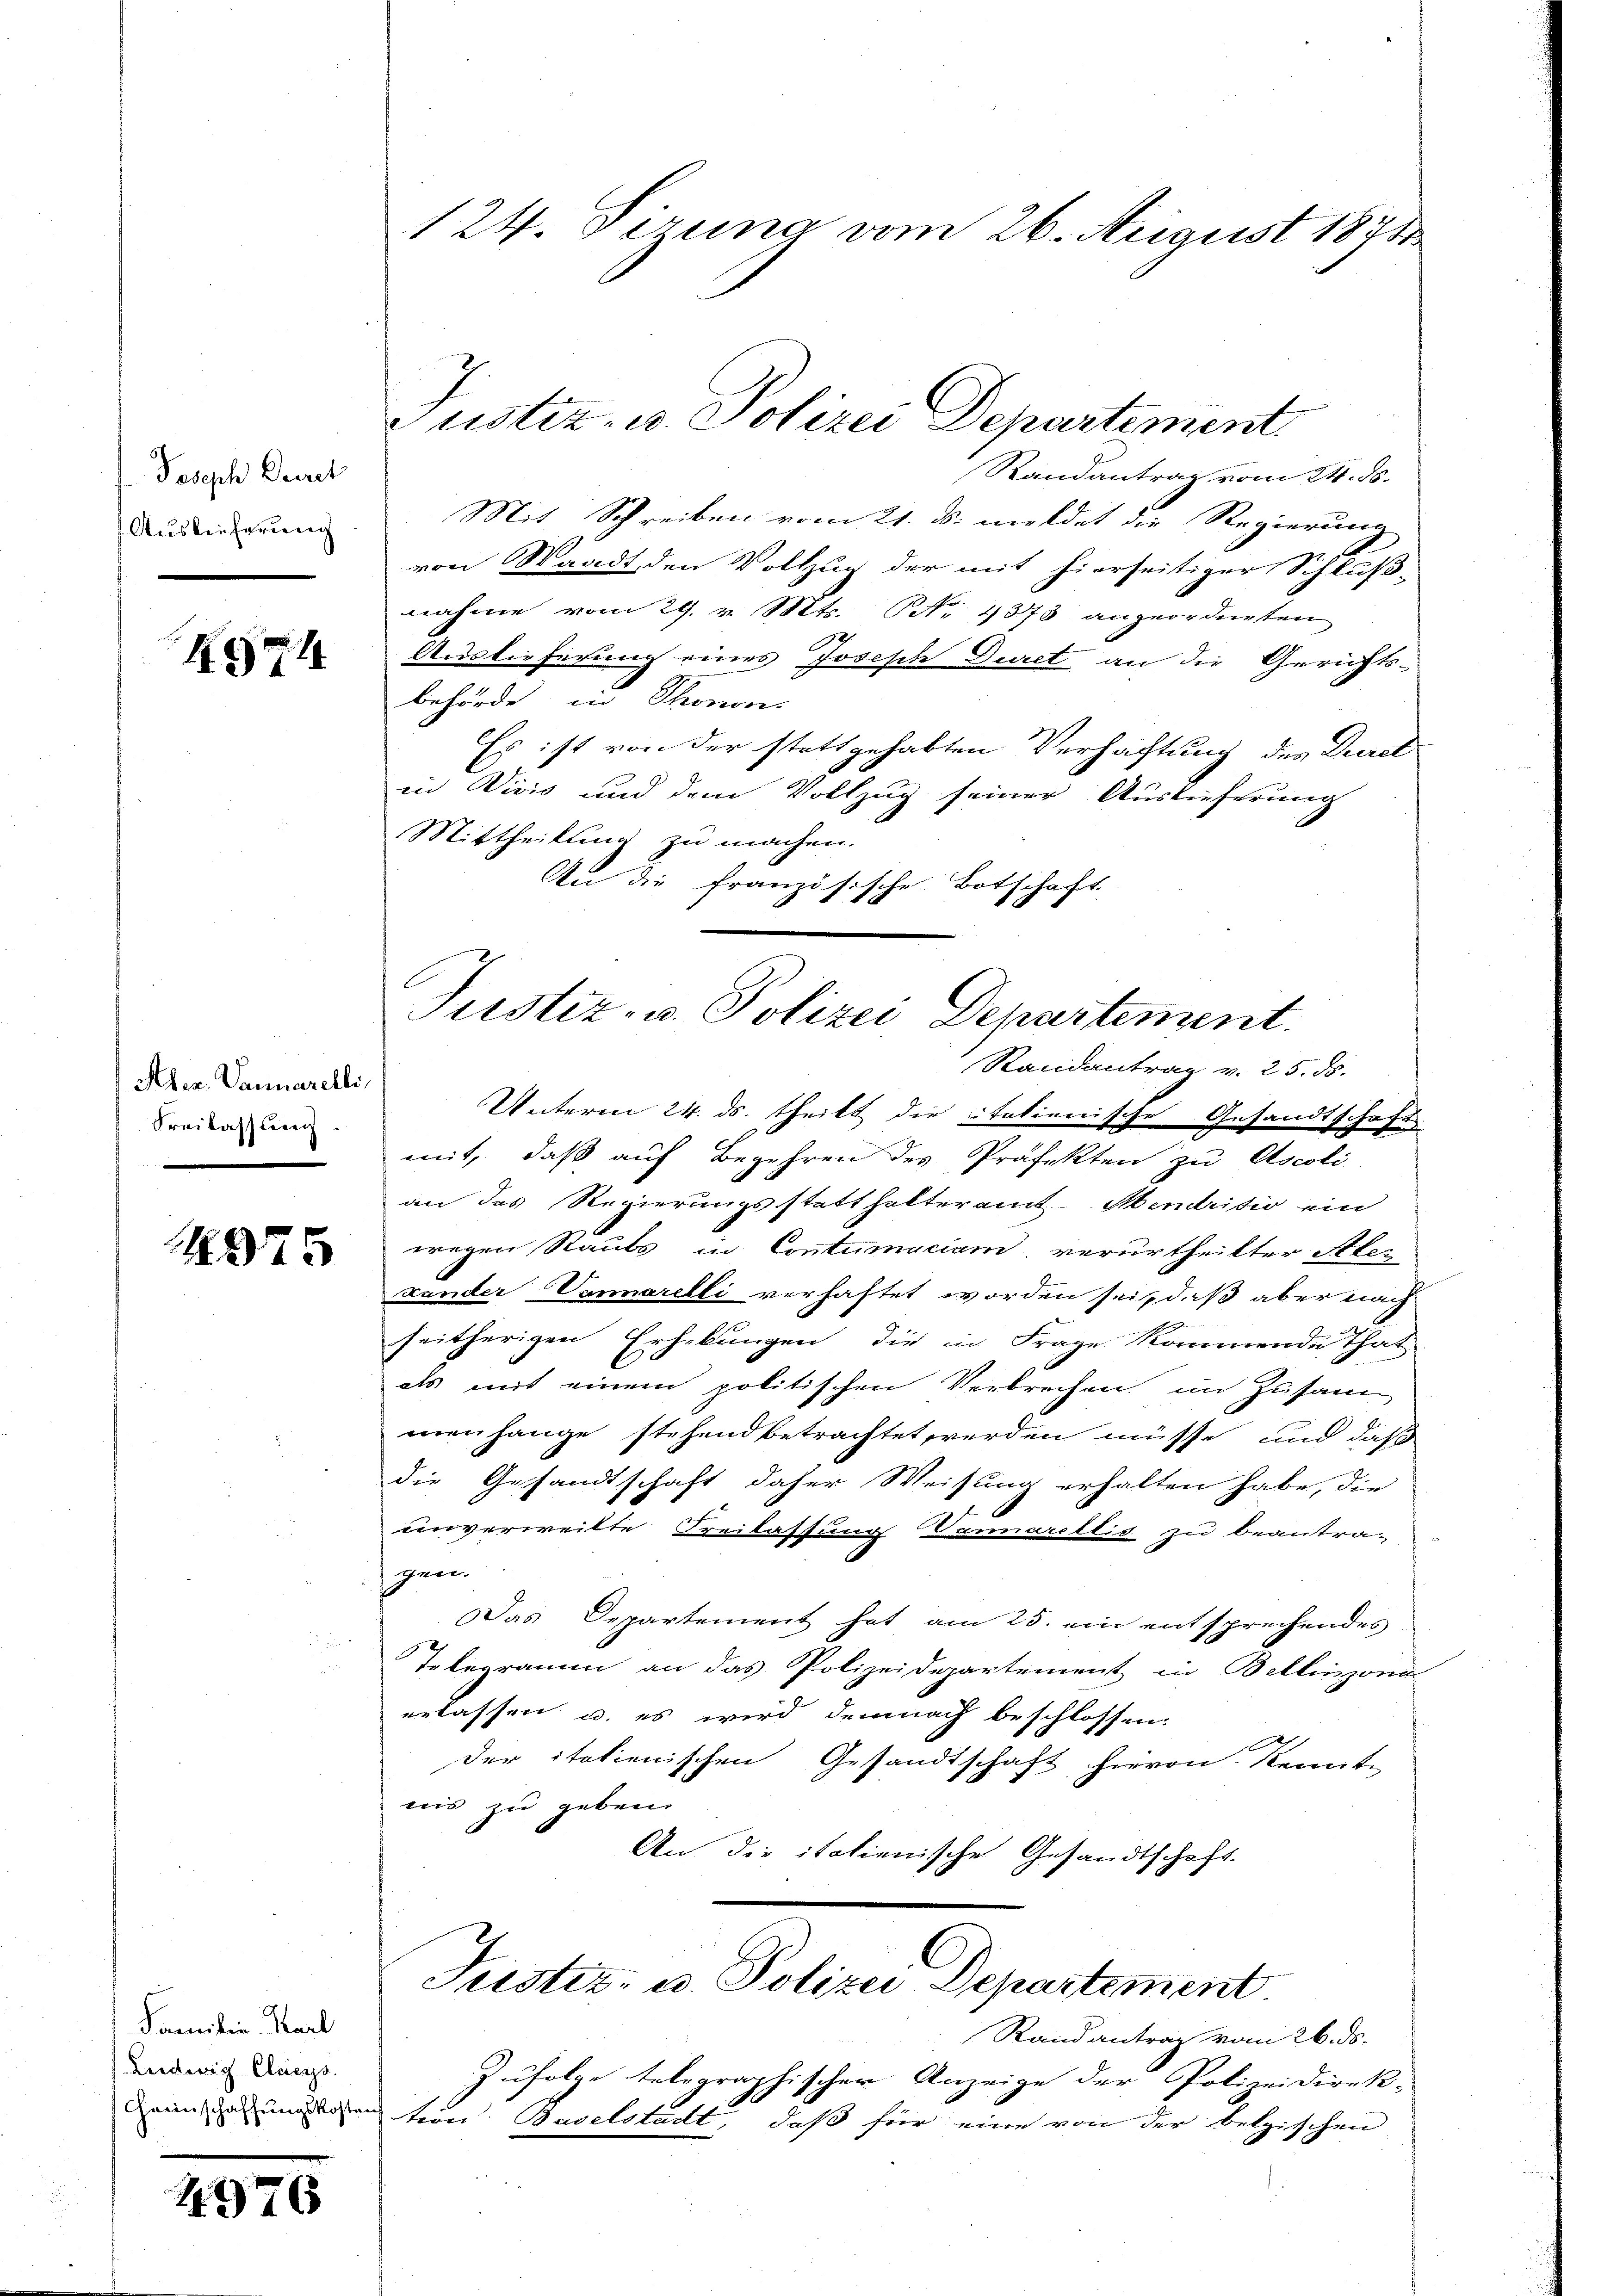
Joseph Duret
Auslieferung

KG

Aler. Januarelli,
Freilassung.

4975

Familie Karl
Leedwig-Claegs.

1376

Randantrag vom 24. ds.
Mit Schreiben vom 21. ds. meldet die Regierung
von Waadt, den Vollzug der mit hierseitiger Schluß-
nahme vom 29. v. Mts. NNo. 1873 angeordneten
17
Auslieferung eines Joseph Duret an die Gerichts-
behörde in Thonon.
Es ist von der stattgehabten Verhaltung des Durc
in Vivis und dem Vollzug seiner Auslieferung
Mittheilung zu machen.
An die französische Botschaft

Unterm 24. ds. theilt die italienische Gesandtschaft
mit, daß auf Begehren des Präfekten zu Ascoli
an das Regierungsstatthalteramt Mendrisio ein
wegen Staubs in Contumaciam verurtheilter Aber
xander Vorarelli verhaftet worden sei, daß aber nach
seitherigen Erhebungen, die in Frage kommende That
als mit einem politischen Verbrechen im Zusamm
menhange stehend betrachtet werden müsse, und daß
die Gesandtschaft daher Weisung erhalten habe, die
unverweitte Freilassung Vannarellis zu beantra-
gen.
Das Departement hat am 25. ein entsprechendes
a
Telegramm an das Polizeidepartement in Bellinzona
erlassen u. es wird demnach beschlossen:
der italienischen Gesandtschaft hievon Kennte
nis zu geben.
An die italienische Gesandtschaft.
Jüster- u. Polizei-Departement.
Rand antrag vom 26. ds.
Zufolge telegraphischer Anzeige der Polizeidirek-
Gemütsaunention Baselstadt, daß für eine von der belgischen

124. Sirung vom 26. August 1891

Justiz- u. Polizei Departement.
Randantrag v. 25. ds.

Justiz- u. Polizei Departement